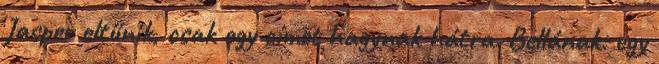
Jasper eltűnik, csak egy címet hagynak hátra. Bellának: egy